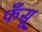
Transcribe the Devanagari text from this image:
फँसू